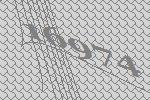
16974